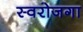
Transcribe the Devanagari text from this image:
स्‍वरोजगा